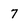
Character: 7